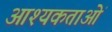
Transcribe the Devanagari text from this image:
आश्यकताओं